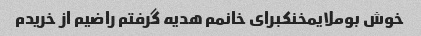
خوش بوملایمخنکبرای خانمم هدیه گرفتم راضیم از خریدم